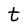
Character: t